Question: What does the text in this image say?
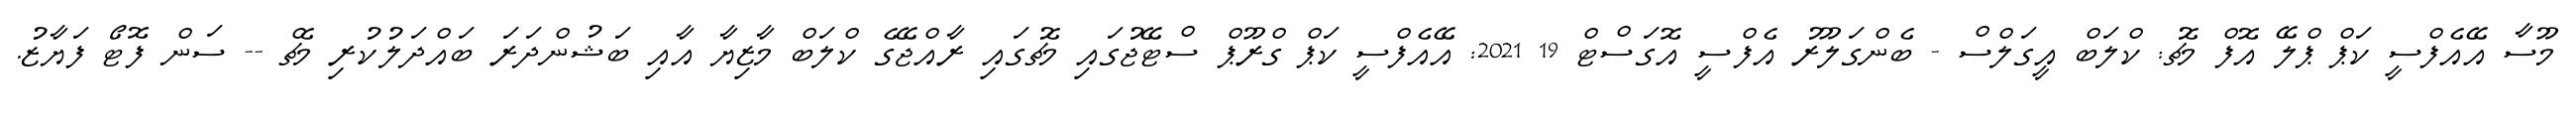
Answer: މޫސާ އޭއެފްސީ ކަޕް ޕްލޭ އޮފް މެޗު: ކްލަބް އީގަލްސް - ބެންގަލޫރު އެފްސީ އޮގަސްޓް 19 2021: އޭއެފްސީ ކަޕް ގްރޫޕް ސްޓޭޖުގައި މެޗުގައި ރާއްޖޭގެ ކްލަބް މާޒިޔާ އާއި ބަޝުންދަރަ ބައްދަލުކުރި މެޗް -- ސަން ފޮޓޯ ފަޔާޒު.